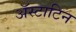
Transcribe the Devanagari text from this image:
अॅस्टाटिन